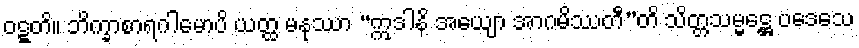
ဝဋ္ဋတိ။ ဘိက္ခာစာရဂါမောပိ ယတ္ထ မနုဿာ “ဣဒါနိ အယျော အာဂမိဿတီ”တိ သိတ္တသမ္မဋ္ဌေ ပဒေသေ